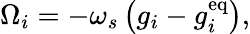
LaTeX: \Omega_{i}=-\omega_{s}\left(g_{i}-g_{i}^{\mathrm{eq}}\right),